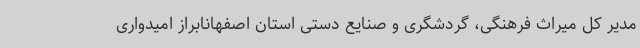
مدیر کل میراث فرهنگی، گردشگری و صنایع دستی استان اصفهانابراز امیدواری